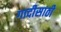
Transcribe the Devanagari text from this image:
गादीसाठी